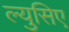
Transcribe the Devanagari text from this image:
ल्युसिए